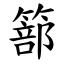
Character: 篰